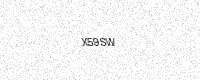
Text: X59SW